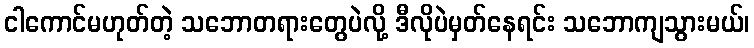
ငါကောင်မဟုတ်တဲ့ သဘောတရားတွေပဲလို့ ဒီလိုပဲမှတ်နေရင်း သဘောကျသွားမယ်၊